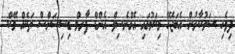
ދިވެހި ސަރުކާރުން އެބަޖެހޭ މިކަމުގައި އެގްރެސިވް އެންޑް ފާރމް ޑިސިޝަންސް ތަކެއް މޭކް